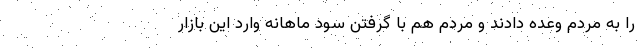
را به مردم وعده دادند و مردم هم با گرفتن سود ماهانه وارد این بازار